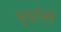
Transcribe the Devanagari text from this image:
मुर्दानी